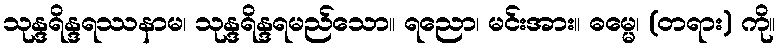
သုန္ဒရိန္ဒရဿနာမ၊ သုန္ဒရိန္ဒရမည်သော။ ရညော၊ မင်းအား။ ဓမ္မေ၊ (တရား) ကို။